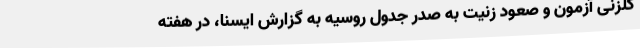
گلزنی آزمون و صعود زنیت به صدر جدول روسیه به گزارش ایسنا، در هفته